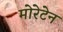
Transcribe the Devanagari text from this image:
मोरेटेन